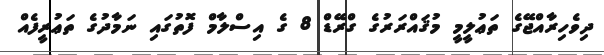
ދިވެހިރާއްޖޭގެ ތަޢުލީމީ މުޤައްރަރުގެ ގްރޭޑް 8 ގެ އިސްލާމް ފޮތުގައި ނަމާދުގެ ތަޢުރީފެއް